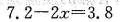
$$7 . 2 - 2 x = 3 . 8$$